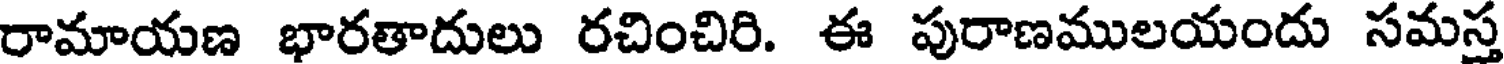
రామాయణ భారతాదులు రచించిరి. ఈ పురాణములయందు సమస్త